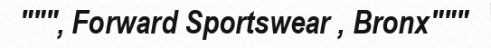
""", Forward Sportswear , Bronx"""